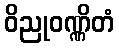
ဝိညုဝဏ္ဏိတံ